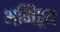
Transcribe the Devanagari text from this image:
अमिश्र्य